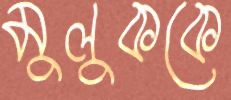
মুলুককে